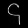
Digit: ၄